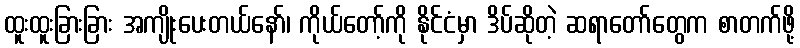
ထူးထူးခြားခြား အကျိုးပေးတယ်နော်၊ ကိုယ်တော့်ကို နိုင်ငံမှာ ဒိပ်ဆိုတဲ့ ဆရာတော်တွေက စာတက်ဖို့